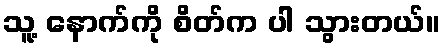
သူ့ နောက်ကို စိတ်က ပါ သွားတယ်။